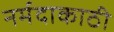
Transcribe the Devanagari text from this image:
नर्मदाकाठी